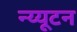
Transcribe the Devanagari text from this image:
न्य्यूटन